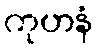
ကုဟနံ